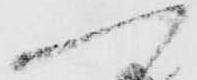
へ